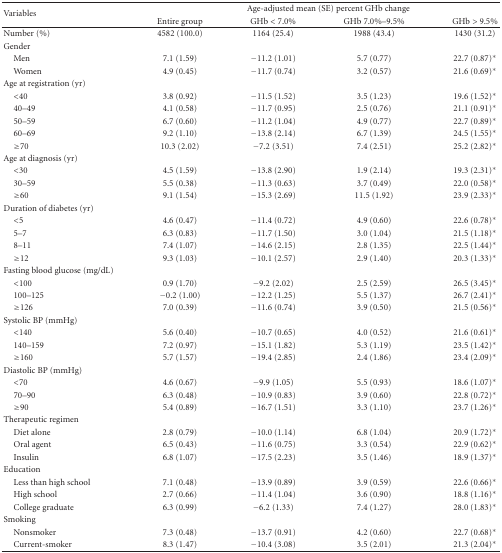
<table><thead><tr><td rowspan="2"><b>Variables</b></td><td colspan="4"><b>Age-adjusted mean (SE) percent GHb change </b></td></tr><tr><td><b>Entire group</b></td><td><b>GHb &lt; 7.0%</b></td><td><b>GHb 7.0%–9.5%</b></td><td><b>GHb &gt; 9.5%</b></td></tr></thead><tbody><tr><td>Number (%)</td><td>4582 (100.0)</td><td>1164 (25.4)</td><td>1988 (43.4)</td><td>1430 (31.2)</td></tr><tr><td>Gender</td><td> </td><td> </td><td> </td><td> </td></tr><tr><td> Men</td><td>7.1 (1.59)</td><td>−11.2 (1.01)</td><td>5.7 (0.77)</td><td>22.7 (0.87)*</td></tr><tr><td> Women</td><td>4.9 (0.45)</td><td>−11.7 (0.74)</td><td>3.2 (0.57)</td><td>21.6 (0.69)*</td></tr><tr><td>Age at registration (yr)</td><td> </td><td> </td><td> </td><td> </td></tr><tr><td> &lt;40</td><td>3.8 (0.92)</td><td>−11.5 (1.52)</td><td>3.5 (1.23)</td><td>19.6 (1.52)*</td></tr><tr><td> 40–49</td><td>4.1 (0.58)</td><td>−11.7 (0.95)</td><td>2.5 (0.76)</td><td>21.1 (0.91)*</td></tr><tr><td> 50–59</td><td>6.7 (0.60)</td><td>−11.2 (1.04)</td><td>4.9 (0.77)</td><td>22.7 (0.89)*</td></tr><tr><td> 60–69</td><td>9.2 (1.10)</td><td>−13.8 (2.14)</td><td>6.7 (1.39)</td><td>24.5 (1.55)*</td></tr><tr><td> ≥70</td><td>10.3 (2.02)</td><td>−7.2 (3.51)</td><td>7.4 (2.51)</td><td>25.2 (2.82)*</td></tr><tr><td>Age at diagnosis (yr)</td><td> </td><td> </td><td> </td><td> </td></tr><tr><td> &lt;30</td><td>4.5 (1.59)</td><td>−13.8 (2.90)</td><td>1.9 (2.14)</td><td>19.3 (2.31)*</td></tr><tr><td> 30–59</td><td>5.5 (0.38)</td><td>−11.3 (0.63)</td><td>3.7 (0.49)</td><td>22.0 (0.58)*</td></tr><tr><td> ≥60</td><td>9.1 (1.54)</td><td>−15.3 (2.69)</td><td>11.5 (1.92)</td><td>23.9 (2.33)*</td></tr><tr><td>Duration of diabetes (yr)</td><td> </td><td> </td><td> </td><td> </td></tr><tr><td> &lt;5</td><td>4.6 (0.47)</td><td>−11.4 (0.72)</td><td>4.9 (0.60)</td><td>22.6 (0.78)*</td></tr><tr><td> 5–7</td><td>6.3 (0.83)</td><td>−11.7 (1.50)</td><td>3.0 (1.04)</td><td>21.5 (1.18)*</td></tr><tr><td> 8–11</td><td>7.4 (1.07)</td><td>−14.6 (2.15)</td><td>2.8 (1.35)</td><td>22.5 (1.44)*</td></tr><tr><td> ≥12</td><td>9.3 (1.03)</td><td> −10.1 (2.57)</td><td>2.9 (1.40)</td><td>20.3 (1.33)*</td></tr><tr><td>Fasting blood glucose (mg/dL)</td><td> </td><td> </td><td> </td><td> </td></tr><tr><td> &lt;100</td><td>0.9 (1.70)</td><td>−9.2 (2.02)</td><td>2.5 (2.59)</td><td>26.5 (3.45)*</td></tr><tr><td> 100–125</td><td>−0.2 (1.00)</td><td>−12.2 (1.25)</td><td>5.5 (1.37)</td><td>26.7 (2.41)*</td></tr><tr><td> ≥126</td><td>7.0 (0.39)</td><td>−11.6 (0.74)</td><td>3.9 (0.50)</td><td>21.5 (0.56)*</td></tr><tr><td>Systolic BP (mmHg) </td><td> </td><td> </td><td> </td><td> </td></tr><tr><td> &lt;140</td><td>5.6 (0.40)</td><td>−10.7 (0.65)</td><td>4.0 (0.52)</td><td>21.6 (0.61)*</td></tr><tr><td> 140–159</td><td>7.2 (0.97)</td><td>−15.1 (1.82)</td><td>5.3 (1.19)</td><td>23.5 (1.42)*</td></tr><tr><td> ≥160</td><td>5.7 (1.57)</td><td>−19.4 (2.85)</td><td>2.4 (1.86)</td><td>23.4 (2.09)*</td></tr><tr><td>Diastolic BP (mmHg)</td><td> </td><td> </td><td> </td><td> </td></tr><tr><td> &lt;70</td><td>4.6 (0.67)</td><td>−9.9 (1.05)</td><td>5.5 (0.93)</td><td>18.6 (1.07)*</td></tr><tr><td> 70–90</td><td>6.3 (0.48)</td><td>−10.9 (0.83)</td><td>3.9 (0.60)</td><td>22.8 (0.72)*</td></tr><tr><td> ≥90</td><td>5.4 (0.89)</td><td>−16.7 (1.51)</td><td>3.3 (1.10)</td><td>23.7 (1.26)*</td></tr><tr><td>Therapeutic regimen</td><td> </td><td> </td><td> </td><td> </td></tr><tr><td> Diet alone </td><td>2.8 (0.79)</td><td>−10.0 (1.14)</td><td>6.8 (1.04)</td><td>20.9 (1.72)*</td></tr><tr><td> Oral agent</td><td>6.5 (0.43)</td><td>−11.6 (0.75)</td><td>3.3 (0.54)</td><td>22.9 (0.62)*</td></tr><tr><td> Insulin</td><td>6.8 (1.07)</td><td>−17.5 (2.23)</td><td>3.5 (1.46)</td><td>18.9 (1.37)*</td></tr><tr><td>Education </td><td> </td><td> </td><td> </td><td> </td></tr><tr><td> Less than high school</td><td>7.1 (0.48)</td><td>−13.9 (0.89)</td><td>3.9 (0.59)</td><td>22.6 (0.66)*</td></tr><tr><td> High school</td><td>2.7 (0.66)</td><td>−11.4 (1.04)</td><td>3.6 (0.90)</td><td>18.8 (1.16)*</td></tr><tr><td> College graduate</td><td>6.3 (0.99)</td><td>−6.2 (1.33)</td><td>7.4 (1.27)</td><td>28.0 (1.83)*</td></tr><tr><td>Smoking </td><td> </td><td> </td><td> </td><td> </td></tr><tr><td> Nonsmoker</td><td>7.3 (0.48)</td><td>−13.7 (0.91)</td><td>4.2 (0.60)</td><td>22.7 (0.68)*</td></tr><tr><td> Current-smoker</td><td>8.3 (1.47)</td><td>−10.4 (3.08)</td><td>3.5 (2.01)</td><td>21.3 (2.04)*</td></tr></tbody></table>